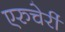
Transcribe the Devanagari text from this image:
एरुचेर्री